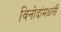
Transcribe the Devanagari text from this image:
विनोदांमधली